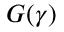
G ( \gamma )